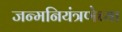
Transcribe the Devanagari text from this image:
जन्मनियंत्रणेच्या